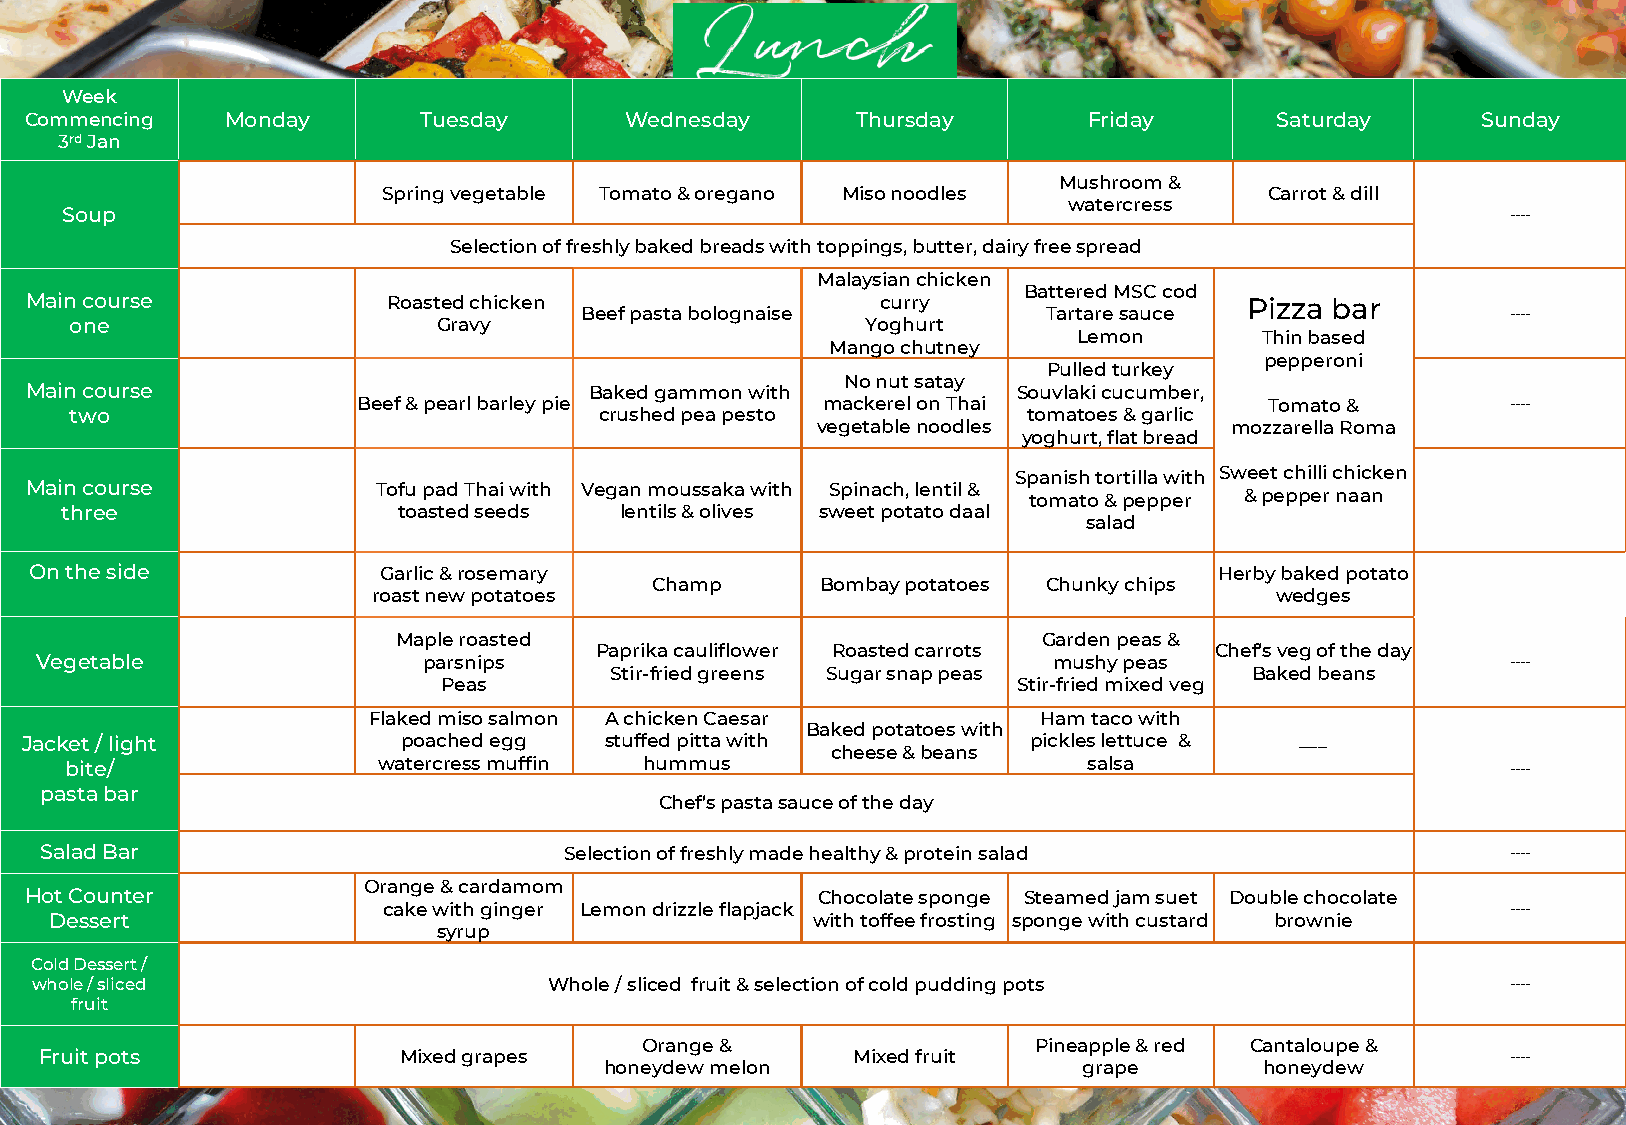
Week
 Commencing   Monday       Tuesday      Wednesday       Thursday       Friday      Saturday      Sunday
 3rdJan
 Mushroom &
 Spring vegetable Tomato & oregano Miso noodles             Carrot & dill
 watercress
 Soup                                                                                            ----
 Selection of freshly baked breads with toppings, butter, dairy free spread
 Malaysian chicken
 Battered MSC cod
 Main course             Roasted chicken                 curry                   Pizza bar
 Beef pasta bolognaise          Tartare sauce                  ----
 one                     Gravy                       Yoghurt
 Lemon       Thin based
 Mango chutney
 pepperoni
 Pulled turkey
 No nut satay
 Main course                          Baked gammon with           Souvlaki cucumber,
 Beef & pearl barley pie       mackerel on Thai              Tomato &        ----
 two                                crushed pea pesto           tomatoes & garlic
 vegetable noodles          mozzarella Roma
 yoghurt, flat bread
 Spanish tortilla with Sweet chilli chicken
 Main course            Tofu pad Thai with Vegan moussaka with Spinach, lentil & tomato & pepper & pepper naan
 three                 toasted seeds  lentils & olives sweet potato daal
 salad
 On the side            Garlic & rosemary                                       Herby baked potato
 Champ      Bombay potatoes Chunky chips
 roast new potatoes                                         wedges
 Maple roasted                              Garden peas &
 Paprika cauliflower Roasted carrots      Chef’s veg of the day
 Vegetable                 parsnips                                  mushy peas                    ----
 Stir-fried greens Sugar snap peas          Baked beans
 Peas                                  Stir-fried mixed veg
 Flaked miso salmon A chicken Caesar          Ham taco with
 Baked potatoes with
 Jacket / light            poached egg  stuffed pitta with          pickles lettuce & ___
 cheese & beans
 bite/                watercress muffin hummus                       salsa                       ----
 pasta bar
 Chef’s pasta sauce of the day
 Salad Bar                         Selection of freshly made healthy & protein salad              ----
 Orange & cardamom
 Hot Counter                                         Chocolate sponge Steamed jam suet Double chocolate
 cake with ginger Lemon drizzle flapjack                                    ----
 Dessert                                            with toffee frosting sponge with custard brownie
 syrup
 Cold Dessert /
 whole / sliced                    Whole / sliced fruit & selection of cold pudding pots           ----
 fruit
 Orange &                 Pineapple & red Cantaloupe &
 Fruit pots             Mixed grapes                  Mixed fruit                                 ----
 honeydew melon                  grape       honeydew